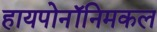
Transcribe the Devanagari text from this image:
हायपोनॉनिमकल